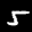
Label: 5